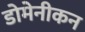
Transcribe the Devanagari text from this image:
डोमेनीकन